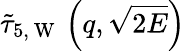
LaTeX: \tilde{\tau}_{5,\mathrm{~W~}}\left(q,\sqrt{2E}\right)